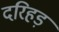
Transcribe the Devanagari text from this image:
दरिहड़